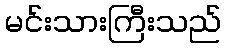
မင်းသားကြီးသည်